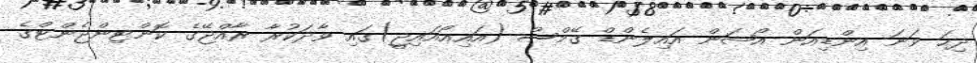
ދިހަ ވަނަ އިންޑިއަން އޯޝަން އައިލެންޑް ގޭމްސް (އައިއޯއައިޖީ)ގައި ވާދަކުރާ ރާއްޖޭގެ ކޮންޓިންޖެންޓްގެ